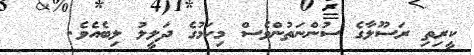
ކީރިތި ރަސޫލާގެ ސުންނަތުންވެސް މިކަމުގެ ދަލީލު ލިބެއެވެ.